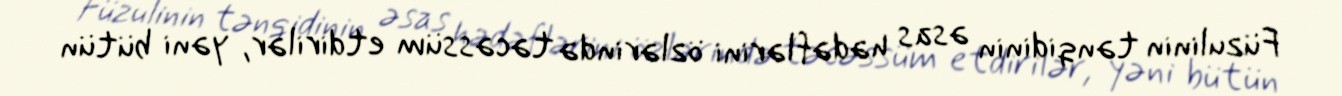
Füzulinin tənqidinin əsas hədəflərini özlərində təcəssüm etdirilər, yəni bütün